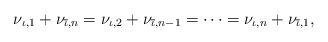
LaTeX: \begin{align*} \nu_{\iota,1}+\nu_{\overline{\iota},n}=\nu_{\iota,2}+\nu_{\overline{\iota},n-1}=\cdots=\nu_{\iota,n}+\nu_{\overline{\iota},1},\end{align*}